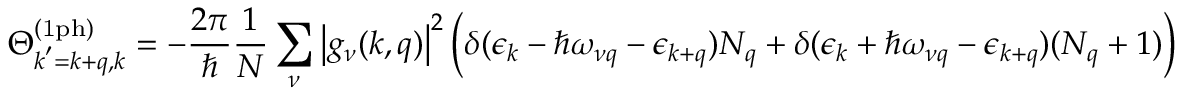
\Theta _ { \boldsymbol { k } ^ { \prime } = \boldsymbol { k } + \boldsymbol { q } , \boldsymbol { k } } ^ { \mathrm { ( 1 p h ) } } = - \frac { 2 \pi } { \hbar } \frac { 1 } { N } \sum _ { \nu } \left| g _ { \nu } ( \boldsymbol { k } , \boldsymbol { q } ) \right| ^ { 2 } \bigg ( \delta ( \epsilon _ { \boldsymbol { k } } - \hbar \omega _ { \nu \boldsymbol { q } } - \epsilon _ { \boldsymbol { k } + \boldsymbol { q } } ) N _ { \boldsymbol { q } } + \delta ( \epsilon _ { \boldsymbol { k } } + \hbar \omega _ { \nu \boldsymbol { q } } - \epsilon _ { \boldsymbol { k } + \boldsymbol { q } } ) ( N _ { \boldsymbol { q } } + 1 ) \bigg )